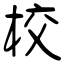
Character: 校